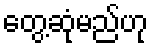
တွေ့ဆုံမည်ဟု